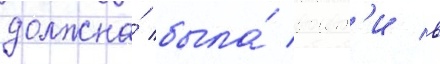
должна́ была́ воит'и в